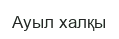
Ауыл халқы